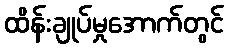
ထိန်းချုပ်မှုအောက်တွင်